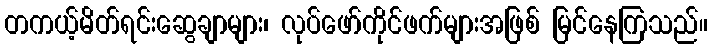
တကယ့်မိတ်ရင်းဆွေချာများ၊ လုပ်ဖော်ကိုင်ဖက်များအဖြစ် မြင်နေကြသည်။